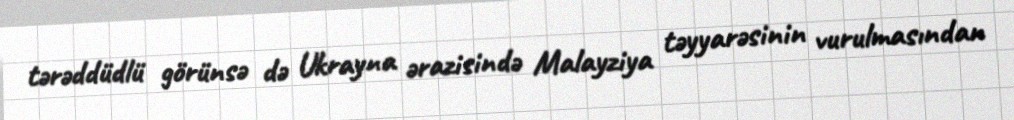
tərəddüdlü görünsə də Ukrayna ərazisində Malayziya təyyarəsinin vurulmasından